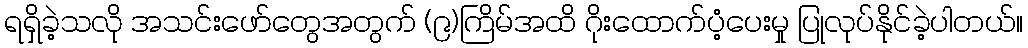
ရရှိခဲ့သလို အသင်းဖော်တွေအတွက် (၉)ကြိမ်အထိ ဂိုးထောက်ပံ့ပေးမှု ပြုလုပ်နိုင်ခဲ့ပါတယ်။